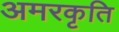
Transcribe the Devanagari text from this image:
अमरकृति